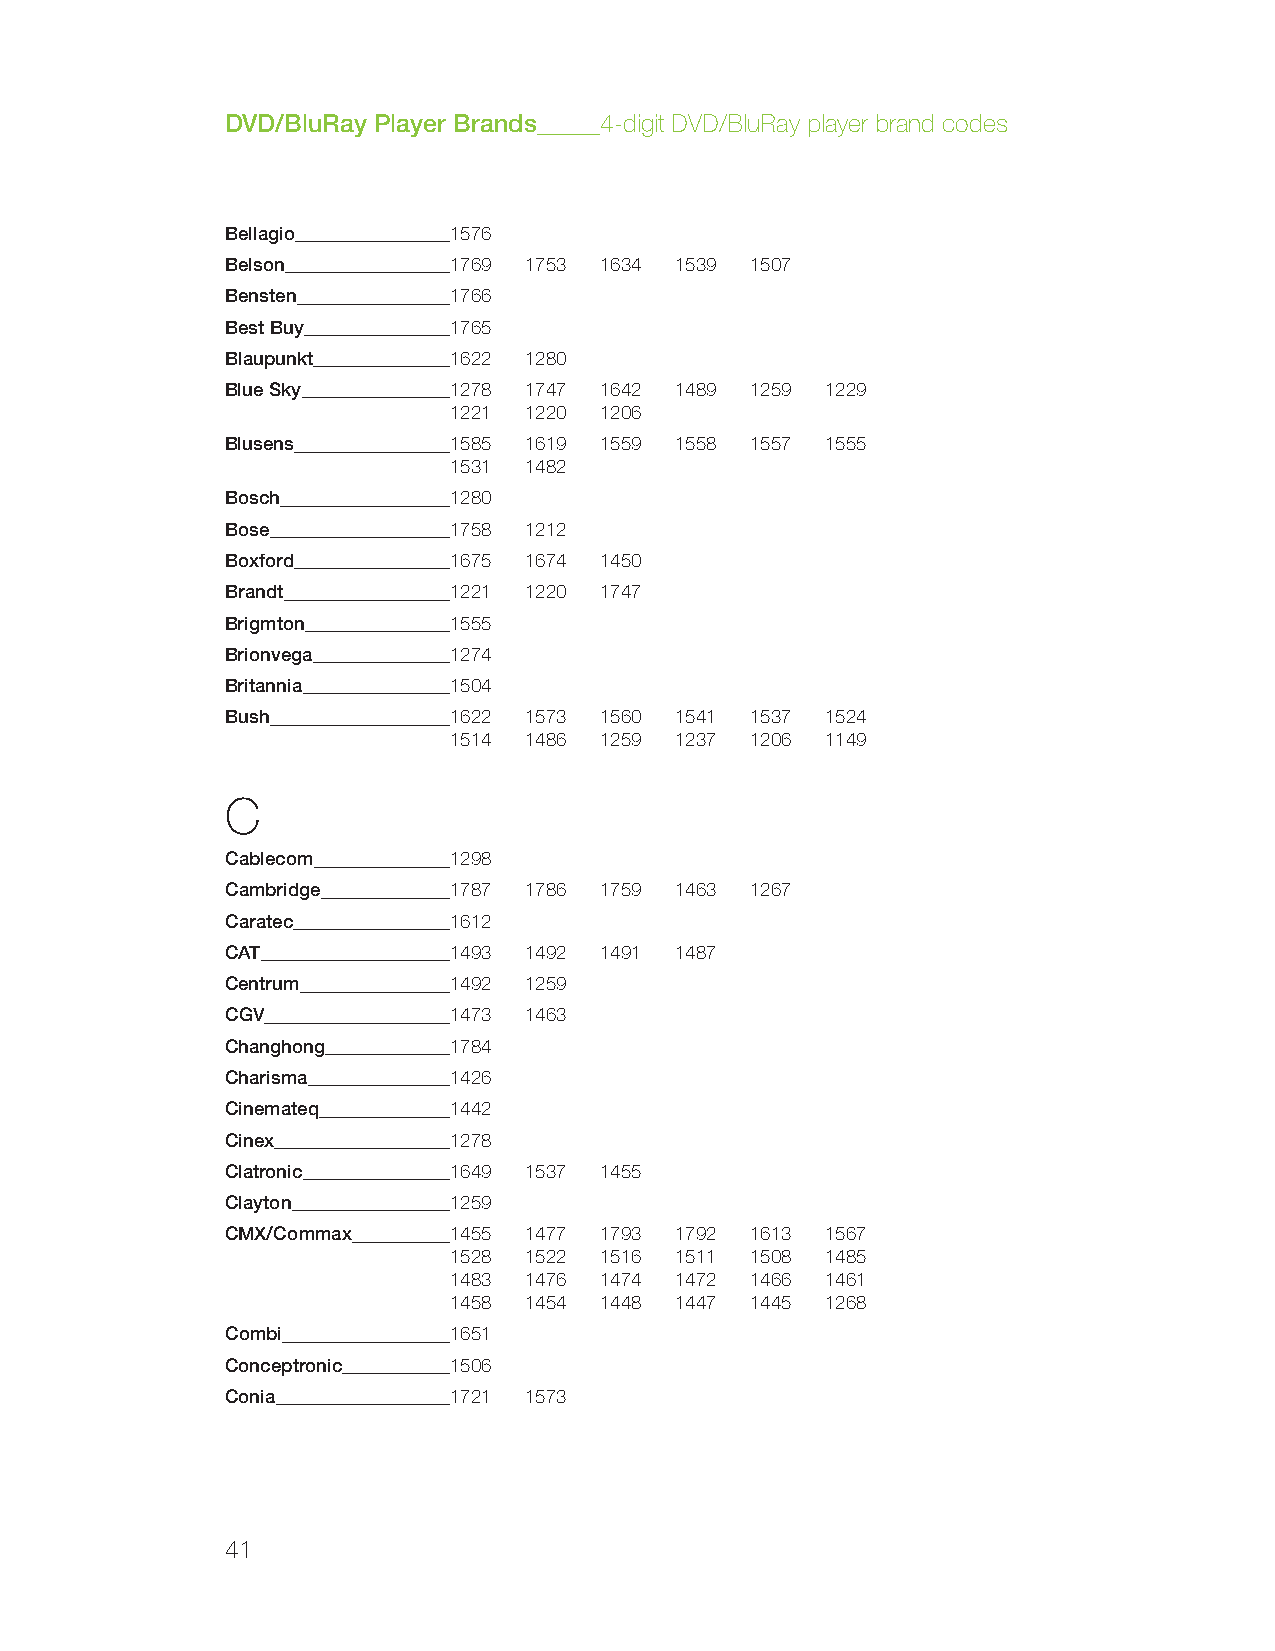
DVD/BluRay Player Brands 4-digit DVD/BluRay player brand codes
 Bellagio       1576
 Belson         1769 1753 1634 1539 1507
 Bensten        1766
 Best Buy       1765
 Blaupunkt      1622 1280
 Blue Sky       1278 1747 1642 1489 1259 1229
 1221 1220 1206
 Blusens        1585 1619 1559 1558 1557 1555
 1531 1482
 Bosch          1280
 Bose           1758 1212
 Boxford        1675 1674 1450
 Brandt         1221 1220 1747
 Brigmton       1555
 Brionvega      1274
 Britannia      1504
 Bush           1622 1573 1560 1541 1537 1524
 1514 1486 1259 1237 1206 1149
 C
 Cablecom       1298
 Cambridge      1787 1786 1759 1463 1267
 Caratec        1612
 CAT            1493 1492 1491 1487
 Centrum        1492 1259
 CGV            1473 1463
 Changhong      1784
 Charisma       1426
 Cinemateq      1442
 Cinex          1278
 Clatronic      1649 1537 1455
 Clayton        1259
 CMX/Commax     1455 1477 1793 1792 1613 1567
 1528 1522 1516 1511 1508 1485
 1483 1476 1474 1472 1466 1461
 1458 1454 1448 1447 1445 1268
 Combi          1651
 Conceptronic   1506
 Conia          1721 1573
 41